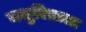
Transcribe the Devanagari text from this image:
मधुरिताला